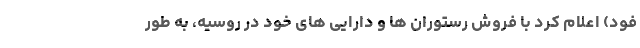
فود) اعلام کرد با فروش رستوران ها و دارایی های خود در روسیه، به طور